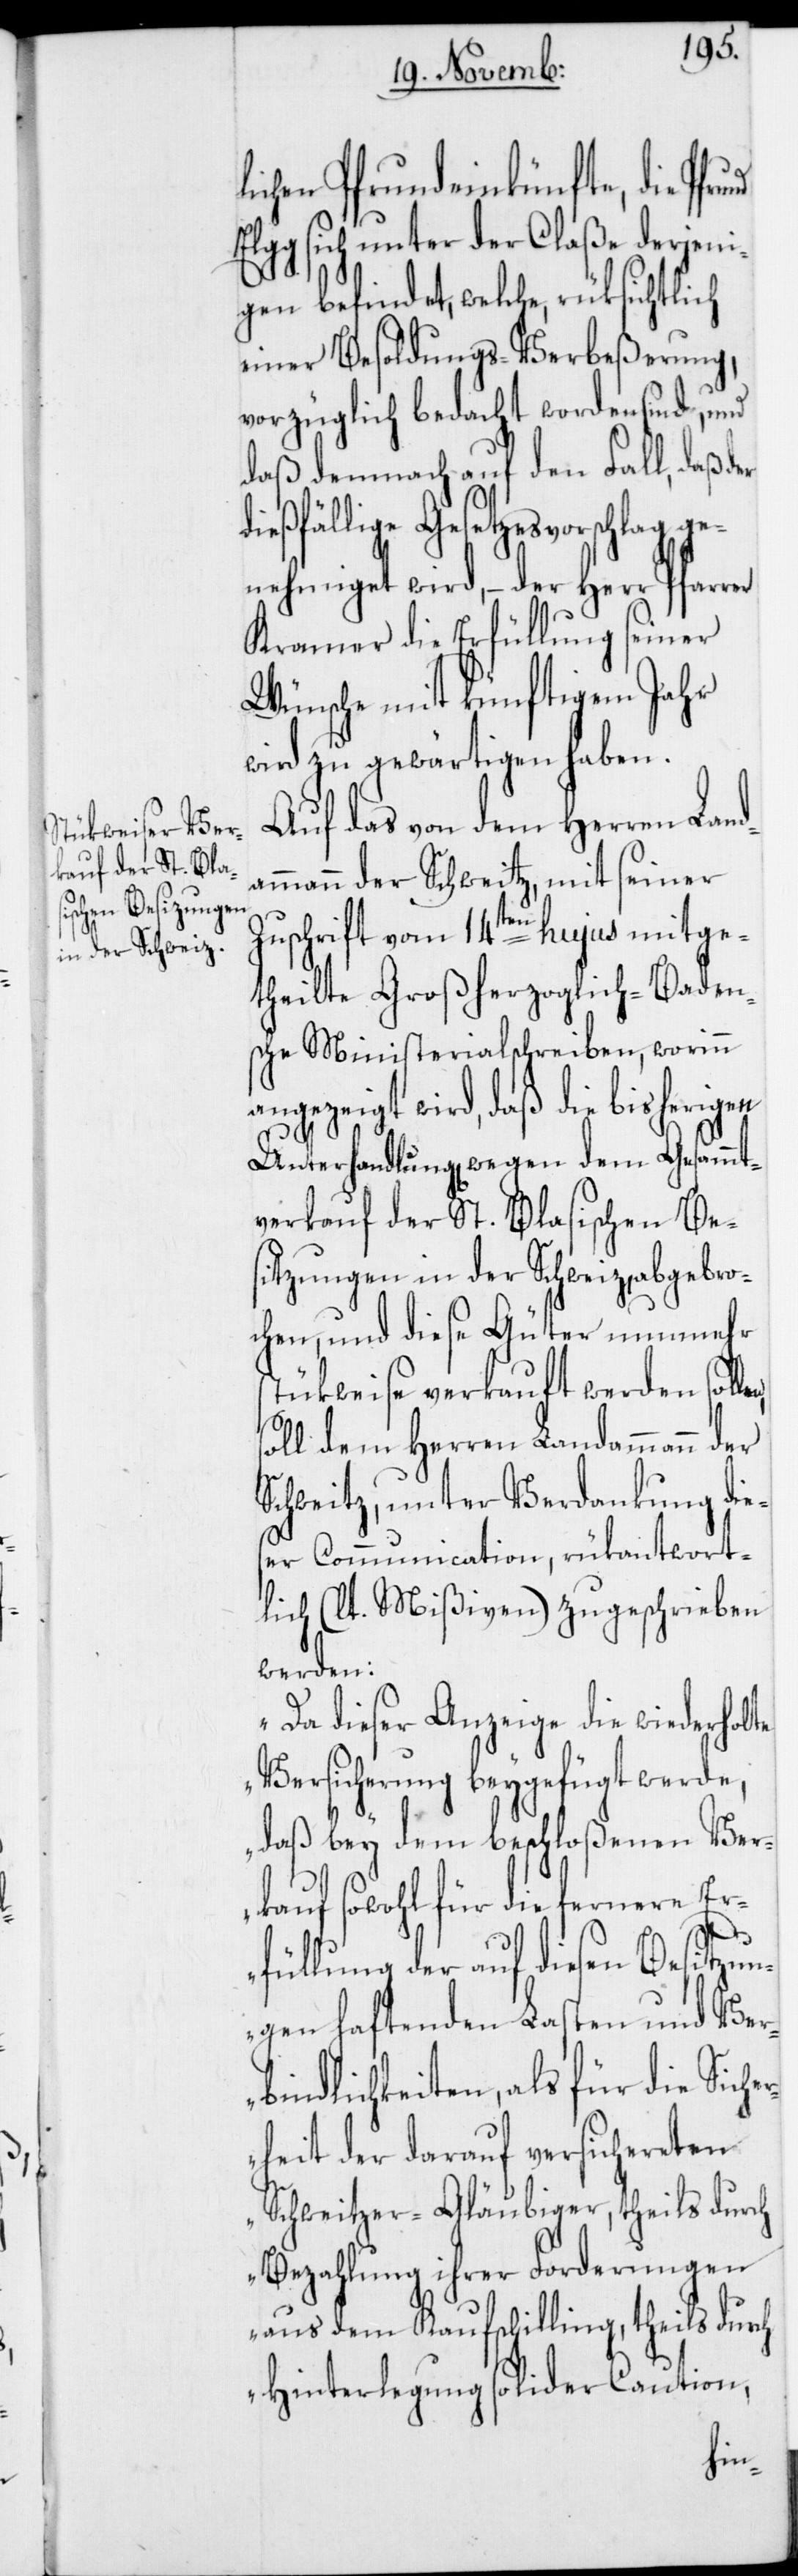
lichen Pfrundeinkünfte, die Pfr¬
Elgg sich unter der Claße derjeni¬
gen befindet, welche, rüksichtlich
einer Besoldungs-Verbeßerung,
vorzüglich bedacht worden sind, und
daß demnach auf den Fall, daß der
dießfällige Gesetzesvorschlag ge¬
nehmiget wird, – der Herr Pfarr¬
Kramer die Erfüllung seiner
Wünsche mit künftigem Jahr
wird zu gewärtigen haben.
Auf das von dem Herren Land¬
ammann der Schweitz mit seiner
Zuschrift vom 14ten hujus mitge¬
theilte Großherzoglich-Baden¬
sche Ministerialschreiben, worinn
angezeigt wird, daß die bisherigen
Unterhandlung[en] wegen dem Gesamm¬
tverkauf der St. Blasischen-Bes¬
itzungen in der Schweiz, abgebro¬
chen, und diese Güter nunmehro
stükweise verkauft werden soll¬
oll dem Herren Landammann der
Schweitz, unter Verdankung die¬
ser Communication, rükantwort¬
lich (lt. Mißiven) zugeschrieben
werden:
„Da dieser Anzeige die wiederholte
Versicherung beygefügt werde,
daß bey dem beschloßenen Ver¬
kauf sowohl für die fernere Er¬
s¬
füllung der auf diesen Besitzun¬
gen haftenden Lasten und Ver¬
bindlichkeiten, als für die Siche¬
rheit der darauf versichereten
Schweitzer-Gläubiger, theils durch
Bezahlung ihrer Forderungen
aus dem Kaufschilling, theils durch
Hinterlegung solider Caution,